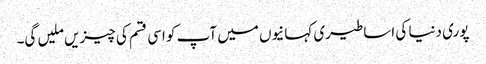
پوری دنیا کی اساطیری کہانیوں میں آپ کو اسی قسم کی چیزیں ملیں گی۔